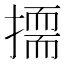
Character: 𭢛